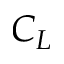
C _ { L }